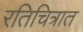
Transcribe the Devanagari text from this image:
रतिचित्रात